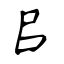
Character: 㠯